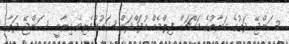
ސަންޖޭ ދަތުގެ ހަޔާތުގެ މައްޗަށް ފިލްމެއް އުފައްދަން ޝައުގުވެރިވެ ހިރާނީ ސަންޖޭ ދަތާ